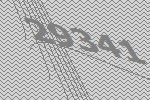
29341